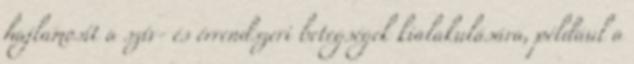
hajlamosít a szív- és érrendszeri betegségek kialakulására, például a